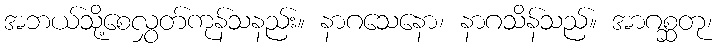
အဘယ်သို့စေလွှတ်ကုန်သနည်း။ နာဂသေနော၊ နာဂသိန်သည်။ အာဂစ္ဆတု၊